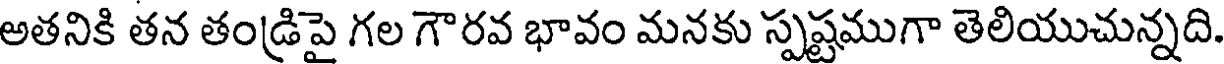
అతనికి తన తండ్రిపై గల గౌరవ భావం మనకు స్పష్టముగా తెలియుచున్నది.